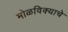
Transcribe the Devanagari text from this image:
मोळविक्याचे